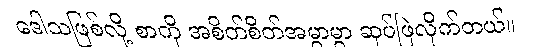
ဒေါသဖြစ်လို့ စာကို အစိတ်စိတ်အမွှာမွှာ ဆုပ်ဖြဲလိုက်တယ်။